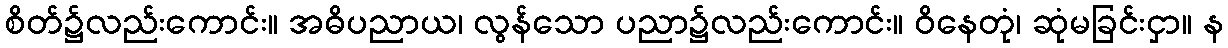
စိတ်၌လည်းကောင်း။ အဓိပညာယ၊ လွန်သော ပညာ၌လည်းကောင်း။ ဝိနေတုံ၊ ဆုံမခြင်းငှာ။ န